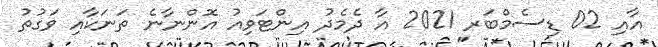
އާއި 02 ޑިސެމްބަރ 2021 އާ ދެމެދު އިންޓަވިއު އޮންނާނެ ތަނަކާއި ވަގުތު